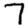
Digit: 7